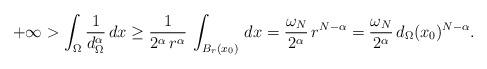
LaTeX: \begin{align*}+\infty>\int_\Omega \frac{1}{d_\Omega^\alpha}\,dx\ge \frac{1}{2^\alpha\,r^\alpha}\,\int_{B_{r}(x_0)} \,dx=\frac{\omega_N}{2^\alpha}\,r^{N-\alpha}=\frac{\omega_N}{2^\alpha}\,d_\Omega(x_0)^{N-\alpha}.\end{align*}